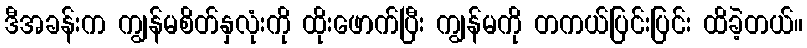
ဒီအခန်းက ကျွန်မစိတ်နှလုံးကို ထိုးဖောက်ပြီး ကျွန်မကို တကယ်ပြင်းပြင်း ထိခဲ့တယ်။